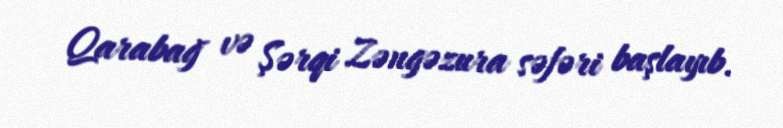
Qarabağ və Şərqi Zəngəzura səfəri başlayıb.